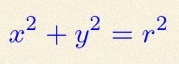
x^2+y^2=r^2